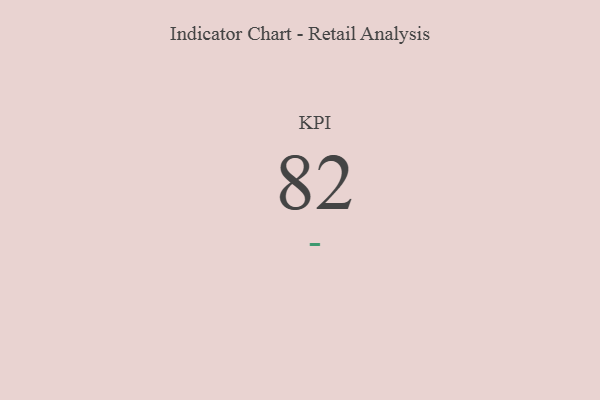
{"axis": {"x": "KPI", "y": "Value"}, "legend": [""], "data": [{"x": "KPI", "y": 82, "type": ""}]}